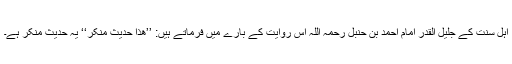
اہلِ سنت کے جلیل القدر امام احمد بن حنبل رحمہ اللہ اس روایت کے بارے میں فرماتے ہیں: ’’ھٰذا حدیث منکر‘‘ یہ حدیث منکر ہے۔